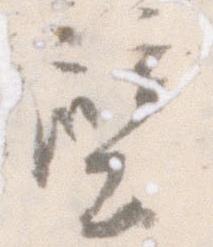
壁